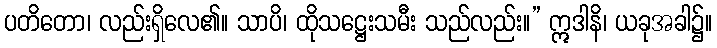
ပတိတော၊ လည်းရှိလေ၏။ သာပိ၊ ထိုသဋ္ဌေးသမီး သည်လည်း။” ဣဒါနိ၊ ယခုအခါ၌။